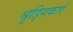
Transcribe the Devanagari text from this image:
श्रृड्गिकाएँ